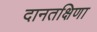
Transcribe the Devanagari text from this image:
दानतक्षिणा